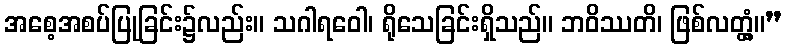
အစေ့အစပ်ပြုခြင်း၌လည်း။ သဂါရဝေါ၊ ရိုသေခြင်းရှိသည်။ ဘဝိဿတိ၊ ဖြစ်လတ္တံ့။”